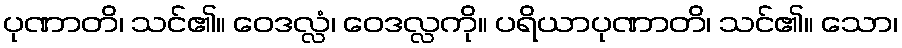
ပုဏာတိ၊ သင်၏။ ဝေဒလ္လံ၊ ဝေဒလ္လကို။ ပရိယာပုဏာတိ၊ သင်၏။ သော၊